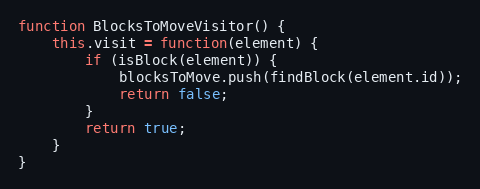
Language: JavaScript
function BlocksToMoveVisitor() {
	this.visit = function(element) {
		if (isBlock(element)) {
			blocksToMove.push(findBlock(element.id));
			return false;
		}
		return true;
	}
}